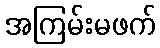
အကြမ်းမဖက်